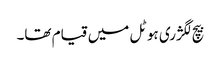
بیچ لگژری ہوٹل میں قیام تھا۔